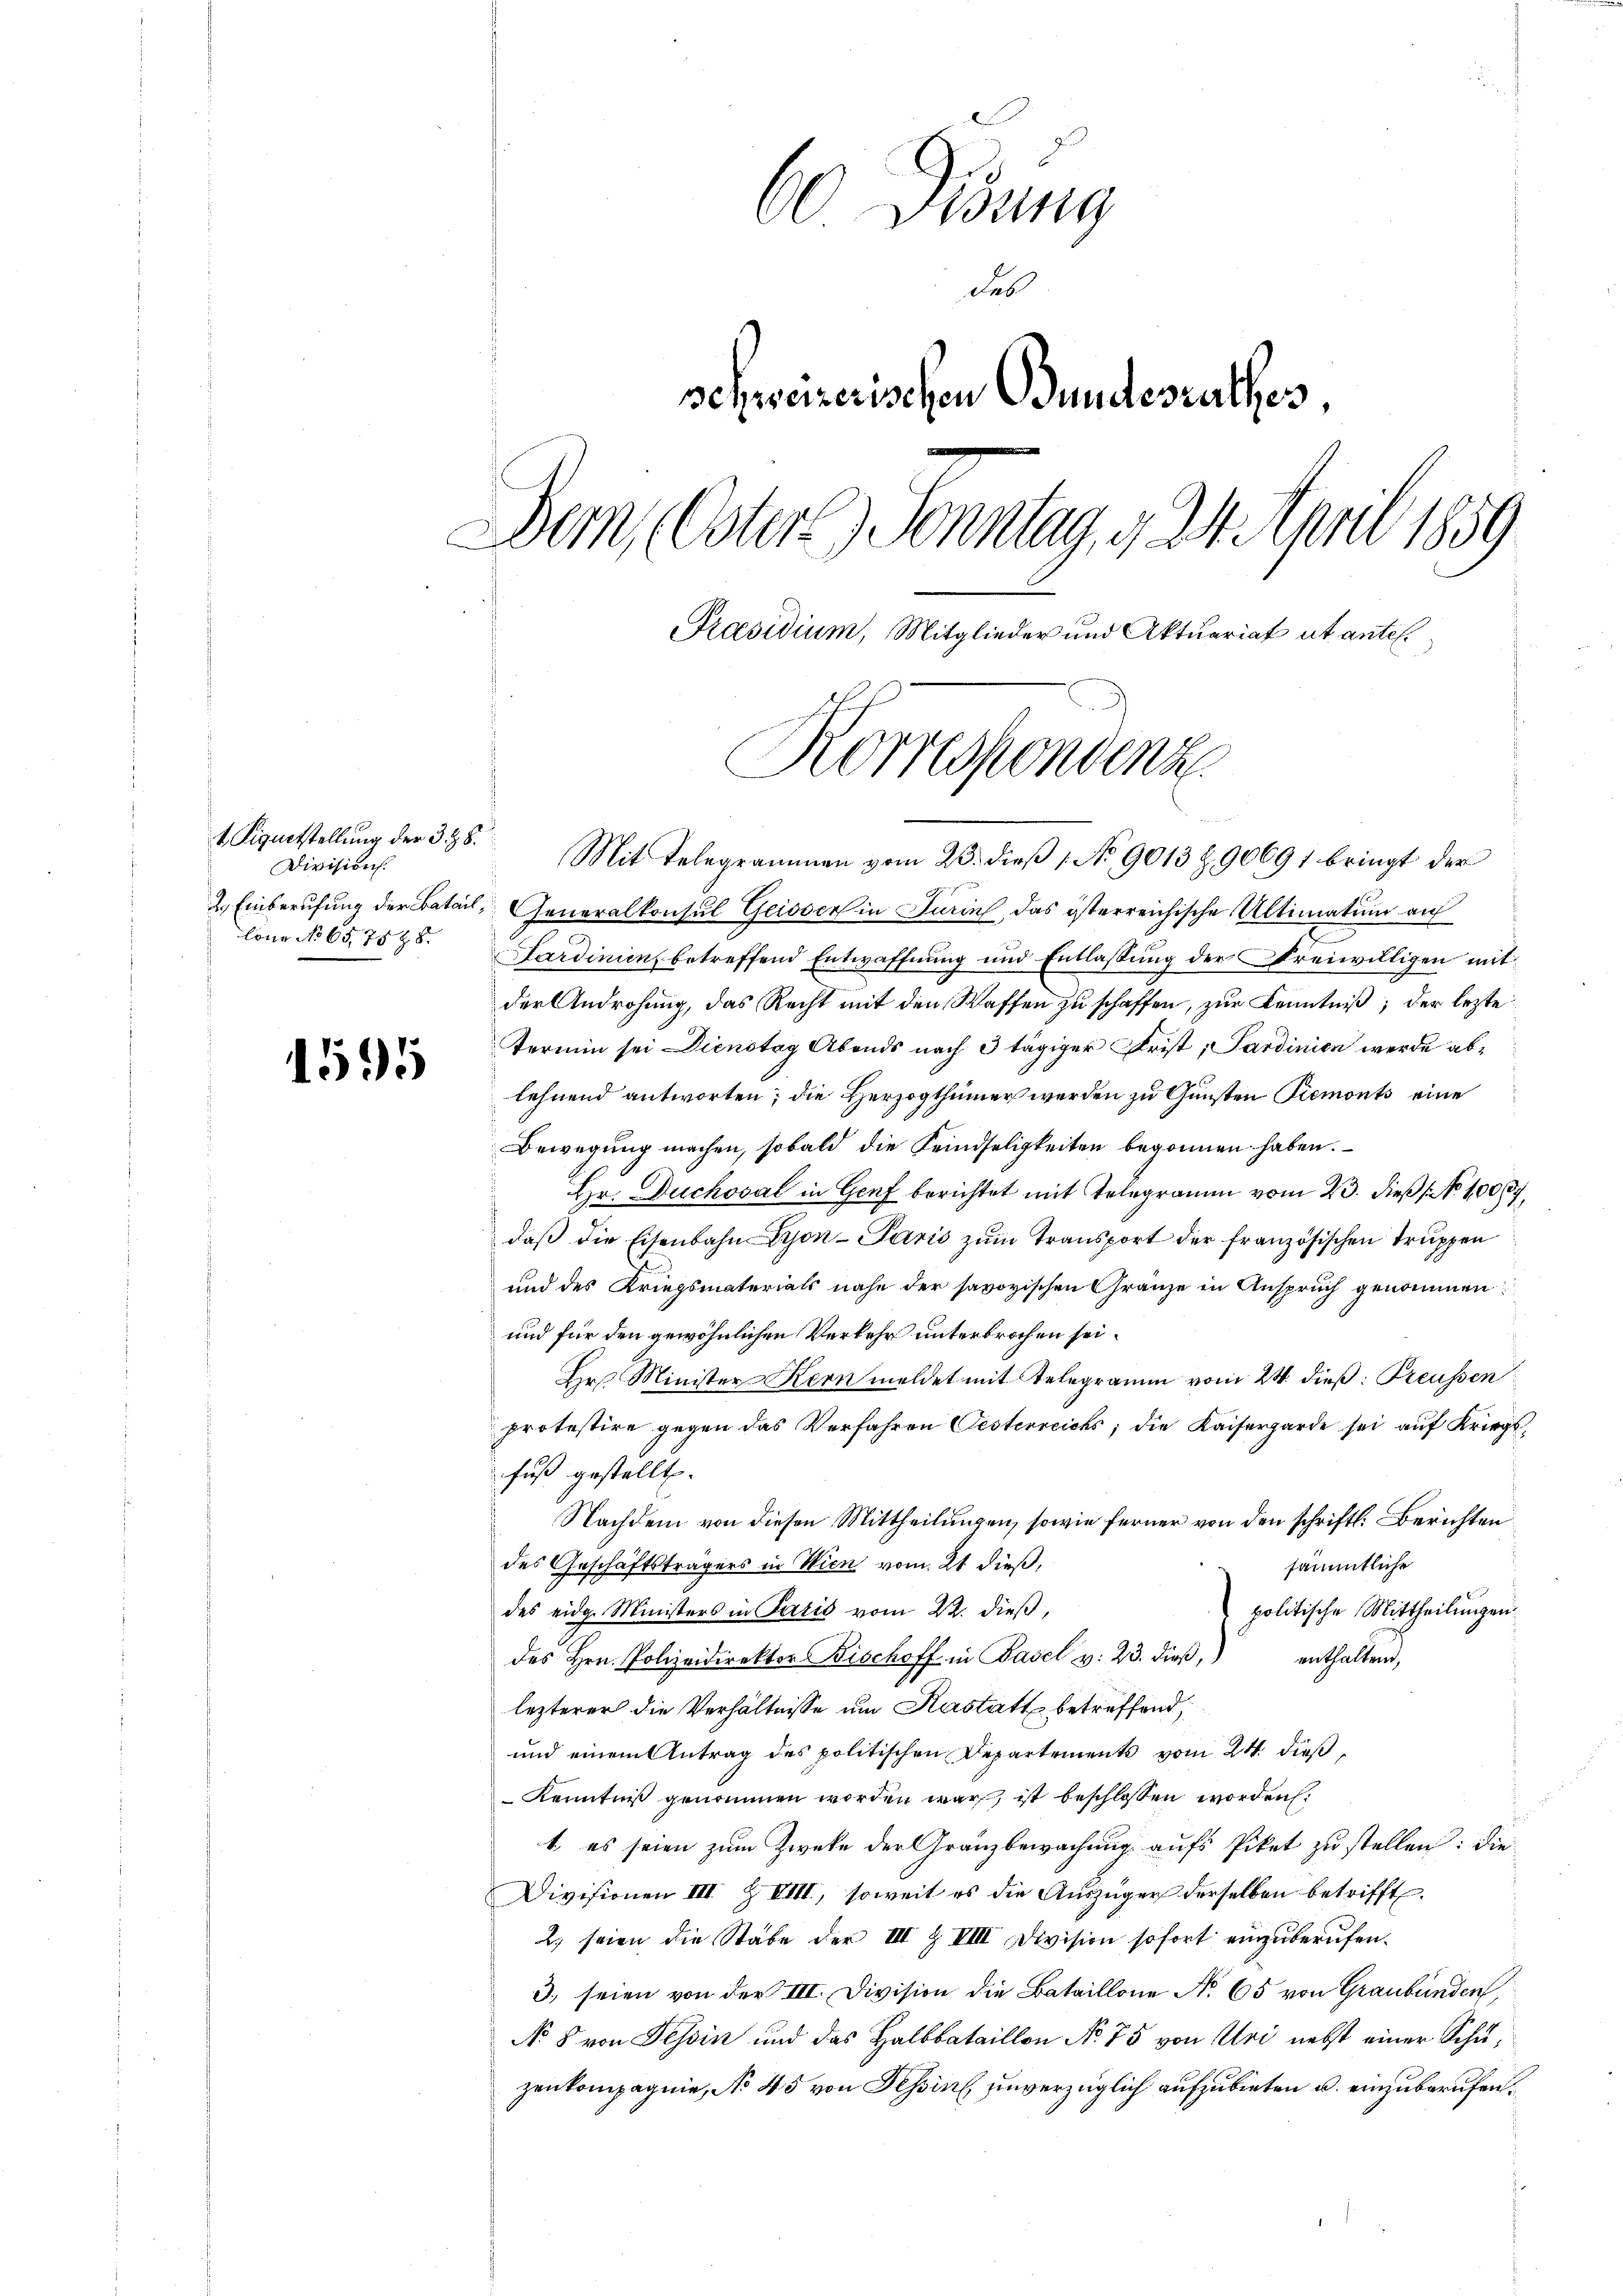
Figurtstellung der 338.
Division.

1595

60 Didung
des
schweizerischen Bundesrathes,
Dem Oster 2) Sonntag, d. 24. April 1859
Praesidium, Mitglieder und Aktuariat ut antil.
Korrespondenz

Mit Telegrammen vom 23. dieß 1 No 9013 Z. 90691 bringt der
2. Einberufung der Batail, Generalkonsul Geisser in Turin, das österreichische Ultimatum auf
lone No 65,7585. Sardinien betreffend Entwaffnung und Entlassung der Freiwilligen mit
der Androhung, das Recht mit den Waffen zu schaffen, zur Kenntniß; der lezte
Termin sei Dienstag Abends nach 3 tägiger Frist; Sardinien werde ablehnend antworten; die Herzogthümer werden zu Gunsten Piemonts eine
Bewegung machen, sobald die Feindseligkeiten begonnen haben.
Hr. Duchoval in Genf berichtet mit Telegramm vom 23. dieß No 1009.
daβ die Eisenbahn Lyon-Paris zum Transport der französischen Truppen
und des Kriegsmaterials nahe der savoyischen Gränze in Anspruch genommen:
und für den gewöhnlichen Verkehr unterbrochen sei.
Hr Minister Kern meldet mit Telegramm vom 24. dieß: Preussen
protestire gegen das Verfahren Oesterreichs, die Kaisergarde sei auf Kriegsfuß gestellt.
Nachdem von diesen Mittheilungen, sowie ferner von den schriftl. Berichten
des Geschäftsträgers in Wien vom 21 dieß,
sämmtliche
politische Mittheilungen.
des eidg. Ministers in Paris vom 22. dieß,
des Hrn. Polizeidirektor Bischoff in Basel v. 23. dieβ, enthaltend,
lezterer die Verhältnisse um Kastatt betreffend,
und einem Antrag des politischen Departements vom 24. dieß
Kenntniß genommen worden war, ist beschlossen worden:
t, es seien zum Zwecke der Gränzbewachung aufs Piket zu stellen: die
Divisionen III Z VIII, soweit es die Auszüger derselben betrifft.
2) seien die Stabe der III Z VIII Division sofort einzuberufen.
3. seien von der III. Division die Bataillone No. 65 von Graubünden,
N. 8 von Tessin und das Halbbataillon No 75 von Uri nebst einer Schuzenkompagnie, No 45 von Tessin unverzüglich aufzubieten u. einzuberufen.

1 189